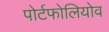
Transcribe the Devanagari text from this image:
पोर्टफोलियोव